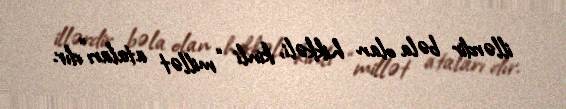
illərdir bəla olan hikkəli, kinli “millət ataları”dır.